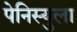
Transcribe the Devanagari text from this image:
पेनिस्युला